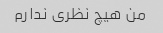
من هیچ نظری ندارم